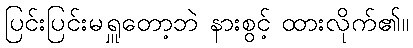
ပြင်းပြင်းမရှူတော့ဘဲ နားစွင့် ထားလိုက်၏။